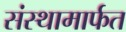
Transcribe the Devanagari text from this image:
संस्थामार्फत